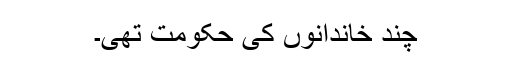
چند خاندانوں کی حکومت تھی۔